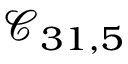
\mathcal { C } _ { 3 1 , 5 }